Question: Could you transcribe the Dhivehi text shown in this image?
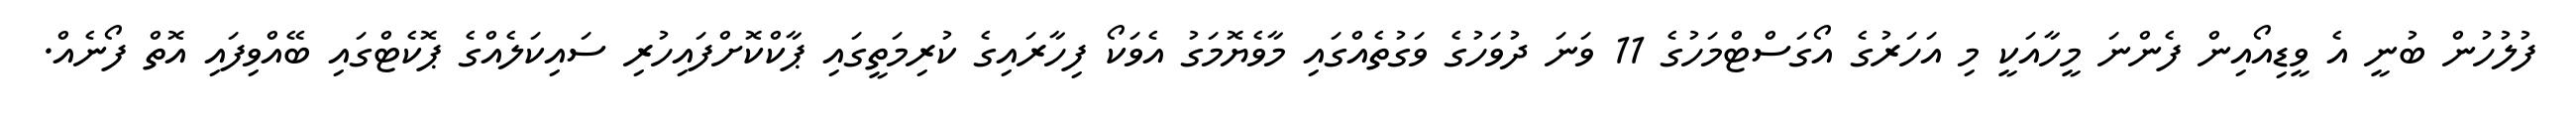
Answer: ފުލުހުން ބުނީ އެ ވީޑިއޯއިން ފެންނަ މީހާއަކީ މި އަހަރުގެ އޯގަސްޓްމަހުގެ 11 ވަނަ ދުވަހުގެ ވަގުތެއްގައި މާވެޔޮމަގު އެވަކޯ ފިހާރައިގެ ކުރިމަތީގައި ޕާކްކޮށްފައިހުރި ސައިކަލެއްގެ ޕޮކެޓްގައި ބޭއްވިފައި އޮތް ފޯނެއް.